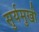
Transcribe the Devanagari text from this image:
सुर्यमुखी